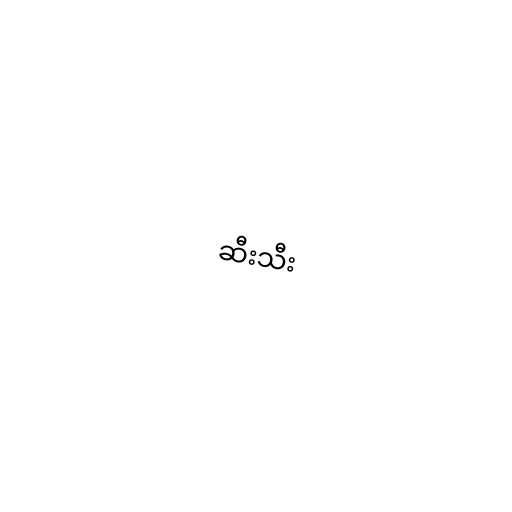
ဆီးသီး